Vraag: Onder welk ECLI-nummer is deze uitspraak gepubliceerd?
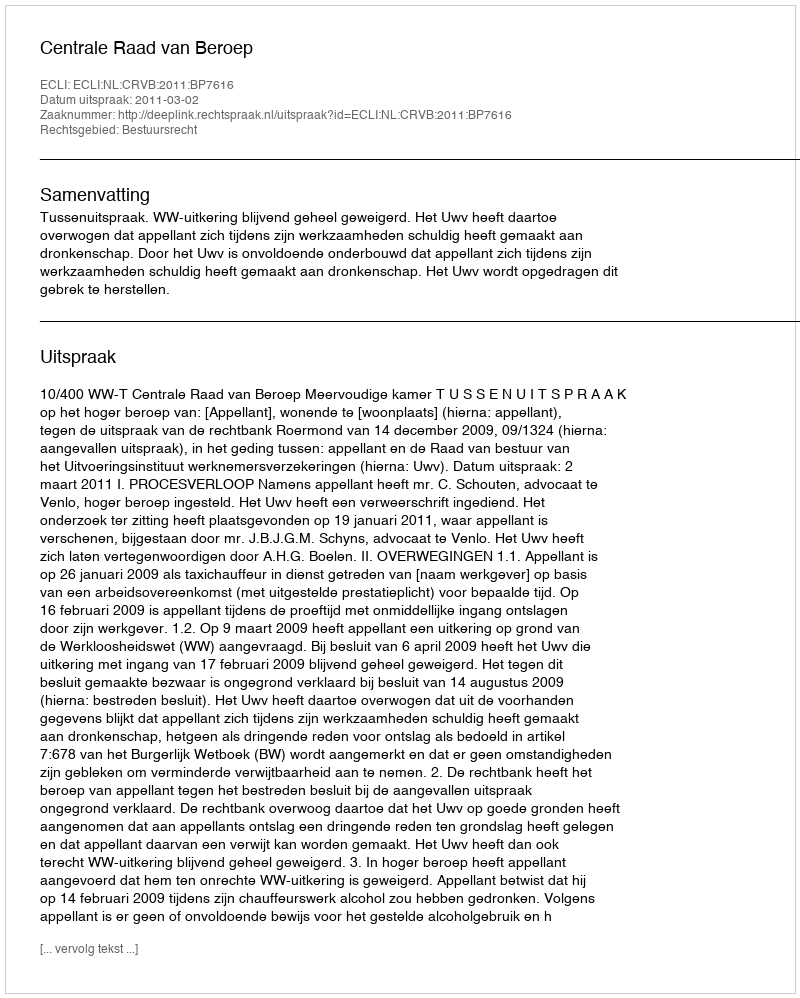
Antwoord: ECLI:NL:CRVB:2011:BP7616